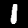
Label: 1